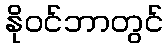
နိုဝင်ဘာတွင်